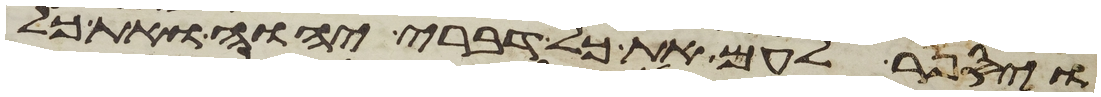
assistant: ויספר לעם את כל דברי יהוה ואת כל